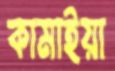
কামাইয়া